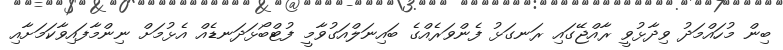
ބިން މުހައްމަދު ވިދާޅުވީ ރާއްޖޭގައި ރަނގަޅު ފެންވަރެއްގެ ބައިނަލްއަގުވާމީ ފުޓްބޯޅަދަނޑެއް އެޅުމަށް ނިންމާފައިވާކަމަށާއި